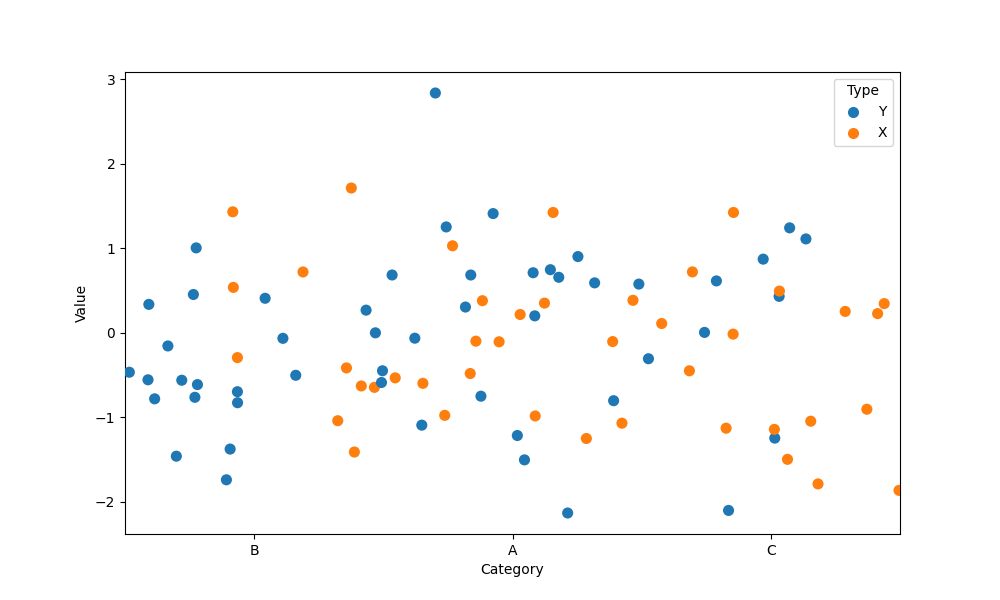
python, seaborn, stripplot, jitter=True, dodge=True, alpha=1.0, size=8